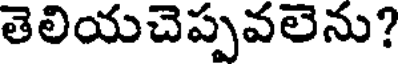
తెలియచెప్పవలెను?